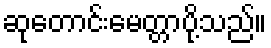
ဆုတောင်းမေတ္တာပို့သည်။